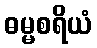
ဓမ္မစရိယံ